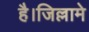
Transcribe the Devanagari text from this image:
है।जिल्लामे